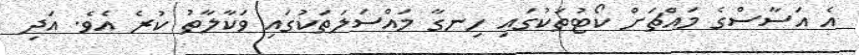
އެ އަސާސްގެ މައްޗަށް ކޯޓުތަކުގައި ހިނގާ މައްސަލަތަކުގައި ވަކާލާތު ކުރެ އެވެ. އަދި